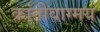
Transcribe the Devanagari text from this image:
क्रांतीवाग्मय